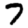
Digit: 7